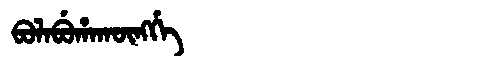
Manchu: ᠪᠣᠯᠠᠪᡠᡥᠠᡴᡡᠩᡤᡝ
Romanization: BOLABUHAKŪNGGE